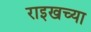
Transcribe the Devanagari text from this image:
राइखच्या